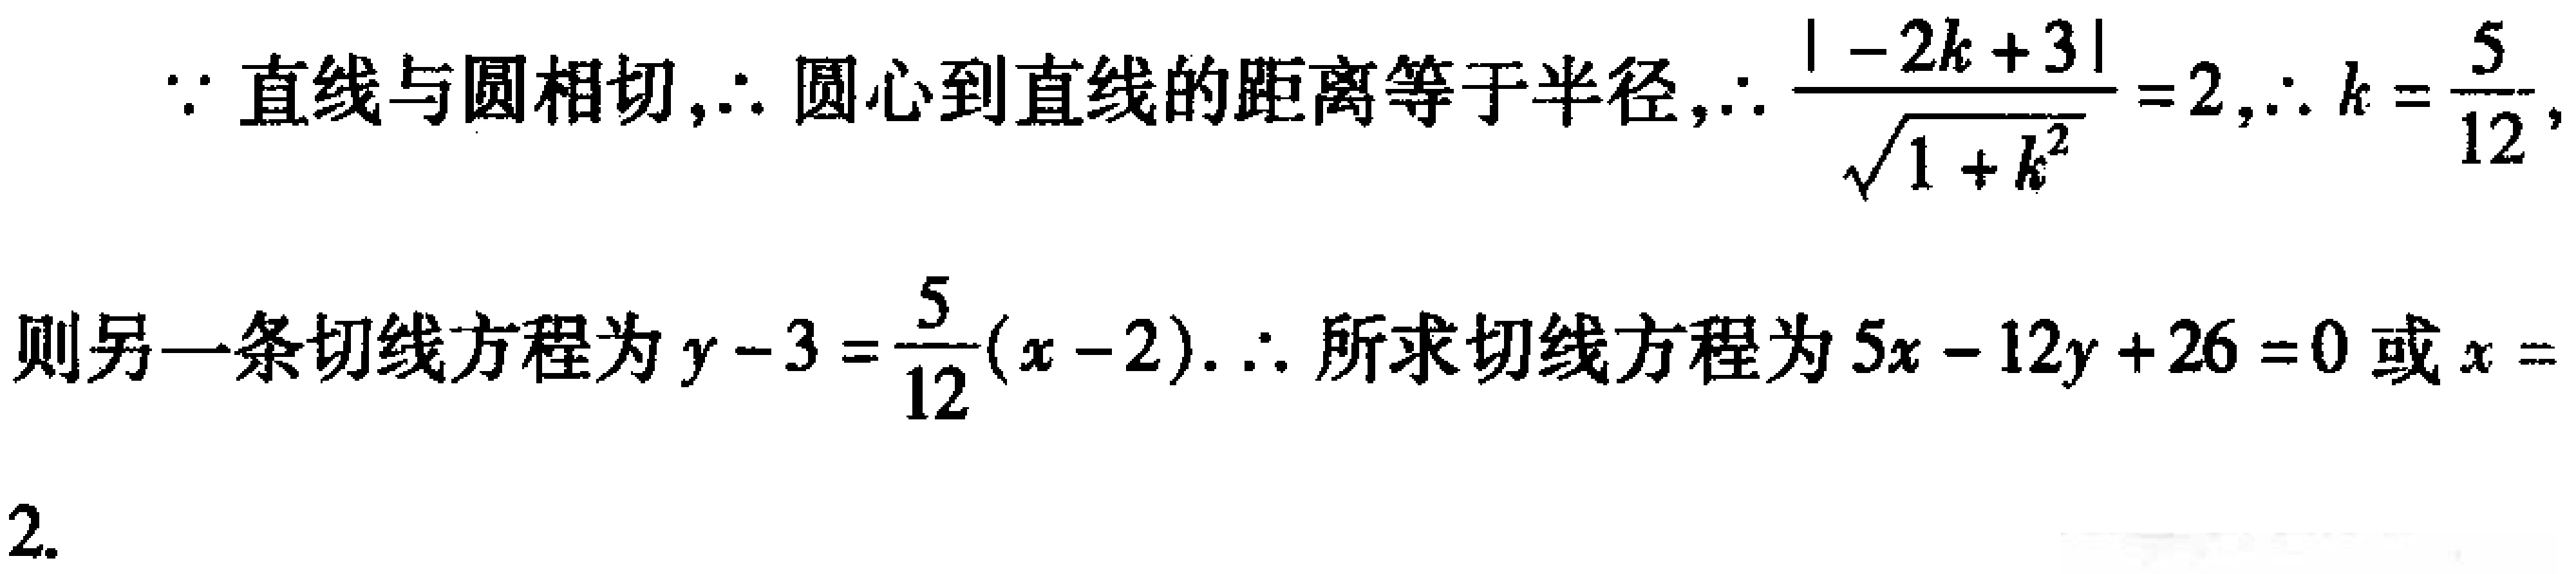
\(\because\)直线与圆相切,\(\therefore\)圆心到直线的距离等于半径,\(\therefore \frac{\vert - 2k + 3\vert}{\sqrt{1 + k^{2}}}=2\),\(\therefore k = \frac{5}{12}\),
则另一条切线方程为\(y - 3 = \frac{5}{12}(x - 2)\). \(\therefore\)所求切线方程为\(5x - 12y + 26 = 0\)或\(x = 2\).